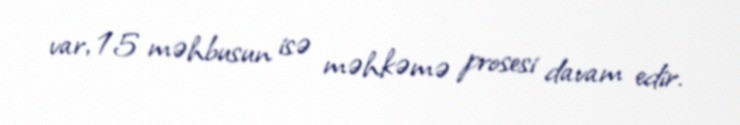
var, 15 məhbusun isə məhkəmə prosesi davam edir.